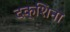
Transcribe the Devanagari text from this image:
दक्शिना